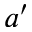
a ^ { \prime }